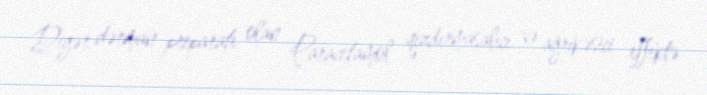
Digər dərman preparatı olan Paracetamol qızdırmasalıcı və ağrıkəsici effektə